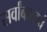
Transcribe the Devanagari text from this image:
सर्वांबद्दलचं